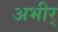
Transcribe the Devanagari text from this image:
अभीर्